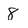
Character: 8